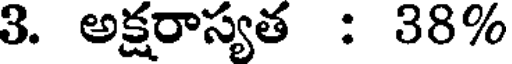
3. అక్షరాస్యత : 38%